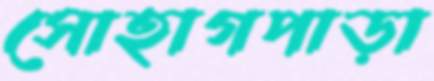
সোহাগপাড়া